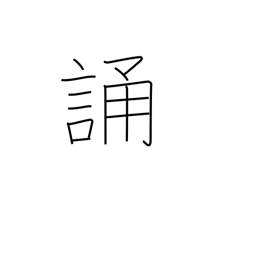
Meaning: recite